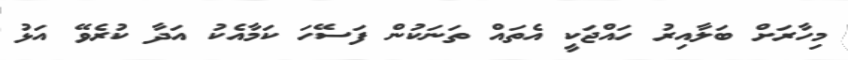
މިހާރަށް ބަލާއިރު ހައްޖަކީ އެތައް ތަނަކުން ފަސޭހަ ކަމާއެކު އަދާ ކުރެވޭ އަޅު